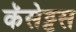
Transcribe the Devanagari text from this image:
कॅसेट्टस